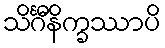
သိင်္ဂီနိက္ခဿာပိ